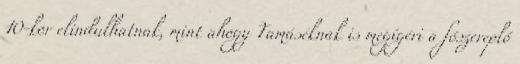
10-kor elindulhatnak, mint ahogy Tamáséknak is megígéri a főszereplő